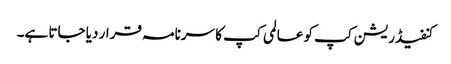
کنفیڈریشن کپ کو عالمی کپ کا سرنامہ قرار دیا جاتا ہے۔